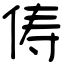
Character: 俦